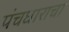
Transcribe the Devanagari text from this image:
पंचधाराचा